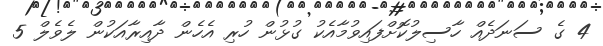
4 ގެ ސަނަދެއް ހާސިލުކޮށްފައިވުމާއެކު ގުޅުން ހުރި އެހެން ދާއިރާއަކުން ލެވެލް 5